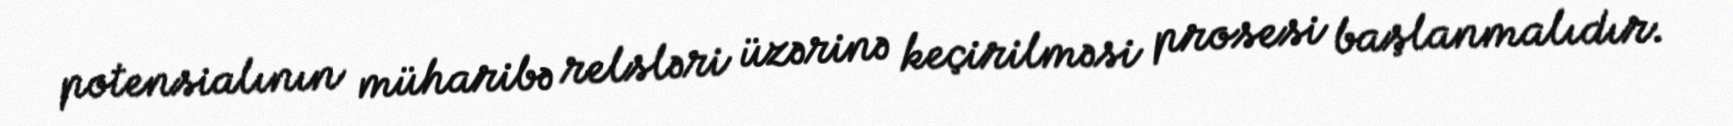
potensialının müharibə relsləri üzərinə keçirilməsi prosesi başlanmalıdır.